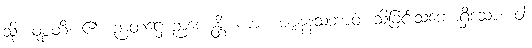
သို့။ ဝုစ္စတိ၊ ၏။ ဉာတဋ္ဌေ ဉာဏေန္တိ၊ ကား။ ဇာနနသဘာဝံ၊ သိခြင်းသဘောရှိသော။ ဝါ၊